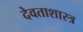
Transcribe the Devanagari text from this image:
देवताशास्त्र